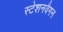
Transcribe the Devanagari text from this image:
स्टेशनवैगन